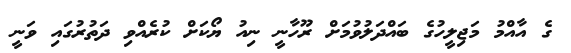
ގެ އާއްމު މަޖިލީހުގެ ބައްދަލުވުމަށް ރޫހާނީ ނިއު ޔޯކަށް ކުރެއްވި ދަތުރުގައި ވަނީ